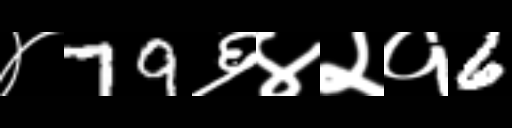
Text: ४79६४२१6